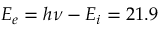
E _ { e } = h \nu - E _ { i } = 2 1 . 9